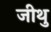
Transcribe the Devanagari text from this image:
जीथु